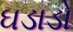
ઘડાડો